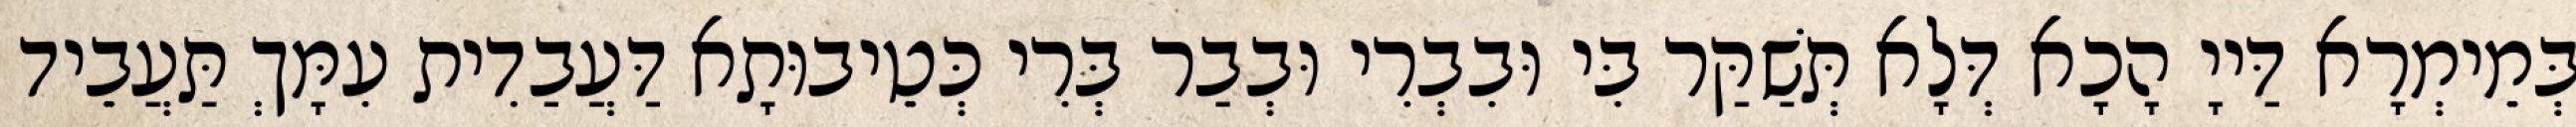
בְּמֵימְרָא דַּייָ הָכָא דְּלָא תְּשַׁקַּר בִּי וּבִבְרִי וּבְבַר בְּרִי כְּטֵיבוּתָא דַּעֲבַדִית עִמָּךְ תַּעֲבֵיד